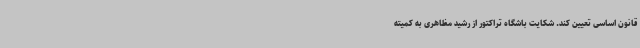
قانون اساسی تعیین کند. شکایت باشگاه تراکتور از رشید مظاهری به کمیته